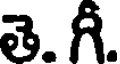
తె. గీ.